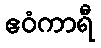
ဧဝံကာရီ